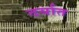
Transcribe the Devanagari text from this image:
दर्यात